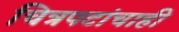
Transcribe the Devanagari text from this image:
चित्रपटांचाही